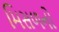
મિસળનો